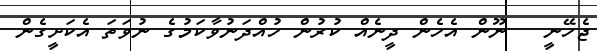
ޖެހޭނީ   ނޫން އެހެން ދީނެއް ކުރުން ހުއްދަނުވާކަމުގެ ނުވަތަ އެކަށީގެން